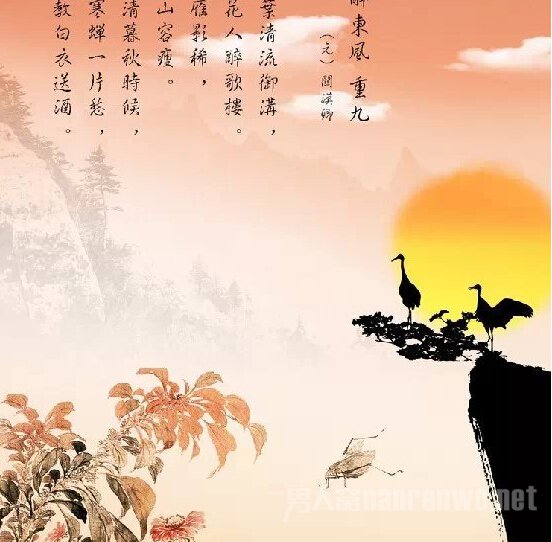
天长雁影稀，月落山容瘦，冷清清暮秋时候。